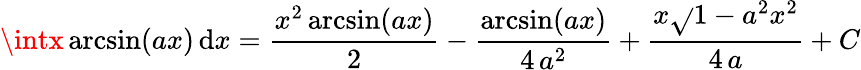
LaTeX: \intx\arcsin(ax)\, \mathrm{d}x={\frac{{x^{2}\arcsin(ax)}}{{2}}}-{\frac{{\arcsin(ax)}}{{4\, a^{2}}}}+{\frac{{x{\sqrt{}{{1-a^{2}x^{2}}}}}}{{4\, a}}}+C